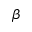
\beta